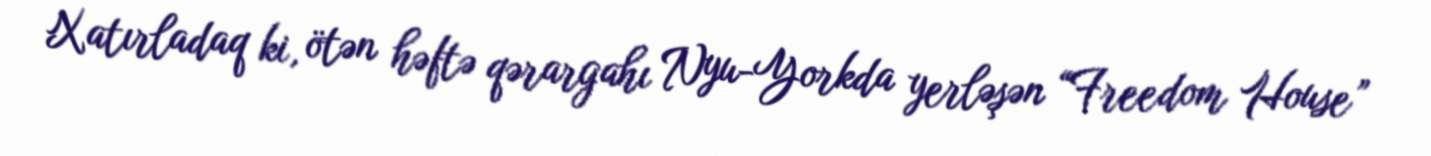
Xatırladaq ki, ötən həftə qərargahı Nyu-Yorkda yerləşən “Freedom House”